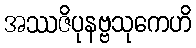
အဿဇိပုနဗ္ဗသုကေဟိ